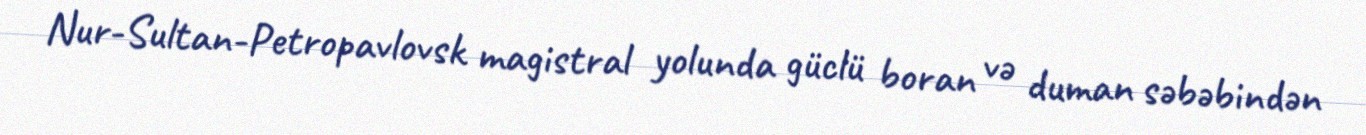
Nur-Sultan-Petropavlovsk magistral yolunda güclü boran və duman səbəbindən